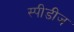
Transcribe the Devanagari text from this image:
स्पीडीज